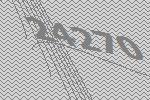
24270